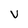
Character: v